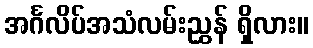
အင်္ဂလိပ်အသံလမ်းညွှန် ရှိလား။